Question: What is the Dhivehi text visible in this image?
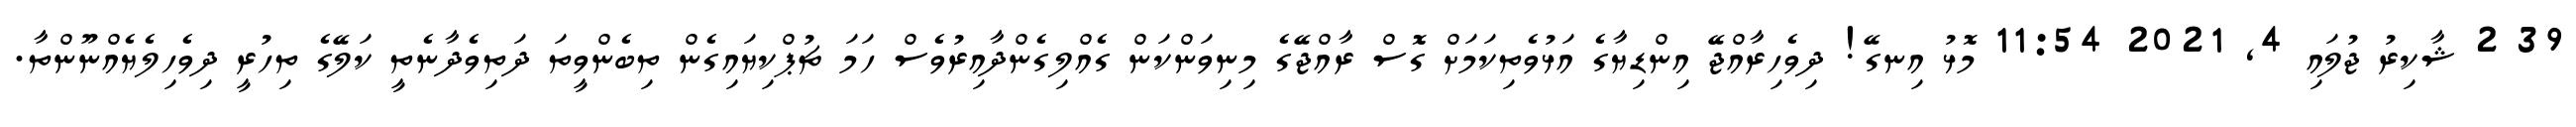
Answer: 39 2 ޝާކިރު ޖުލައި 4, 2021 11:54 މޮޅު އިނގޭ! ދިވެހިރާއްޖޭ އިންޑިޔާގެ އަޅުވެތިކަމަށް ގޮސް ރާއްޖޭގެ މިނިވަންކަން ގެއްލިގެންދާއިރުވެސް ހަމަ ޗުޕްކިޔައިގެން ތިބެންވީތަ ދަތިވެދާނެތީ ކަލޭގެ ތިހުރީ ދިވެހިލެޔެއްނޫންތާ.